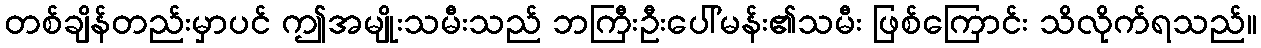
တစ်ချိန်တည်းမှာပင် ဤအမျိုးသမီးသည် ဘကြီးဦးပေါ်မန်း၏သမီး ဖြစ်ကြောင်း သိလိုက်ရသည်။